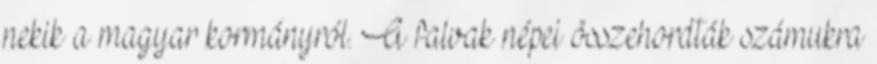
nekik a magyar kormányról. A falvak népei összehordták számukra